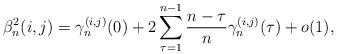
LaTeX: \begin{align*} \beta_n^2( i, j ) = \gamma_n^{(i,j)}( 0 ) + 2 \sum_{\tau=1}^{n-1} \frac{n-\tau}{n} \gamma_n^{(i,j)}( \tau ) + o(1),\end{align*}